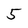
Character: 5